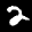
Label: 2